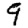
Digit: 9